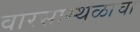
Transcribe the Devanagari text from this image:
वारसास्थळाचा